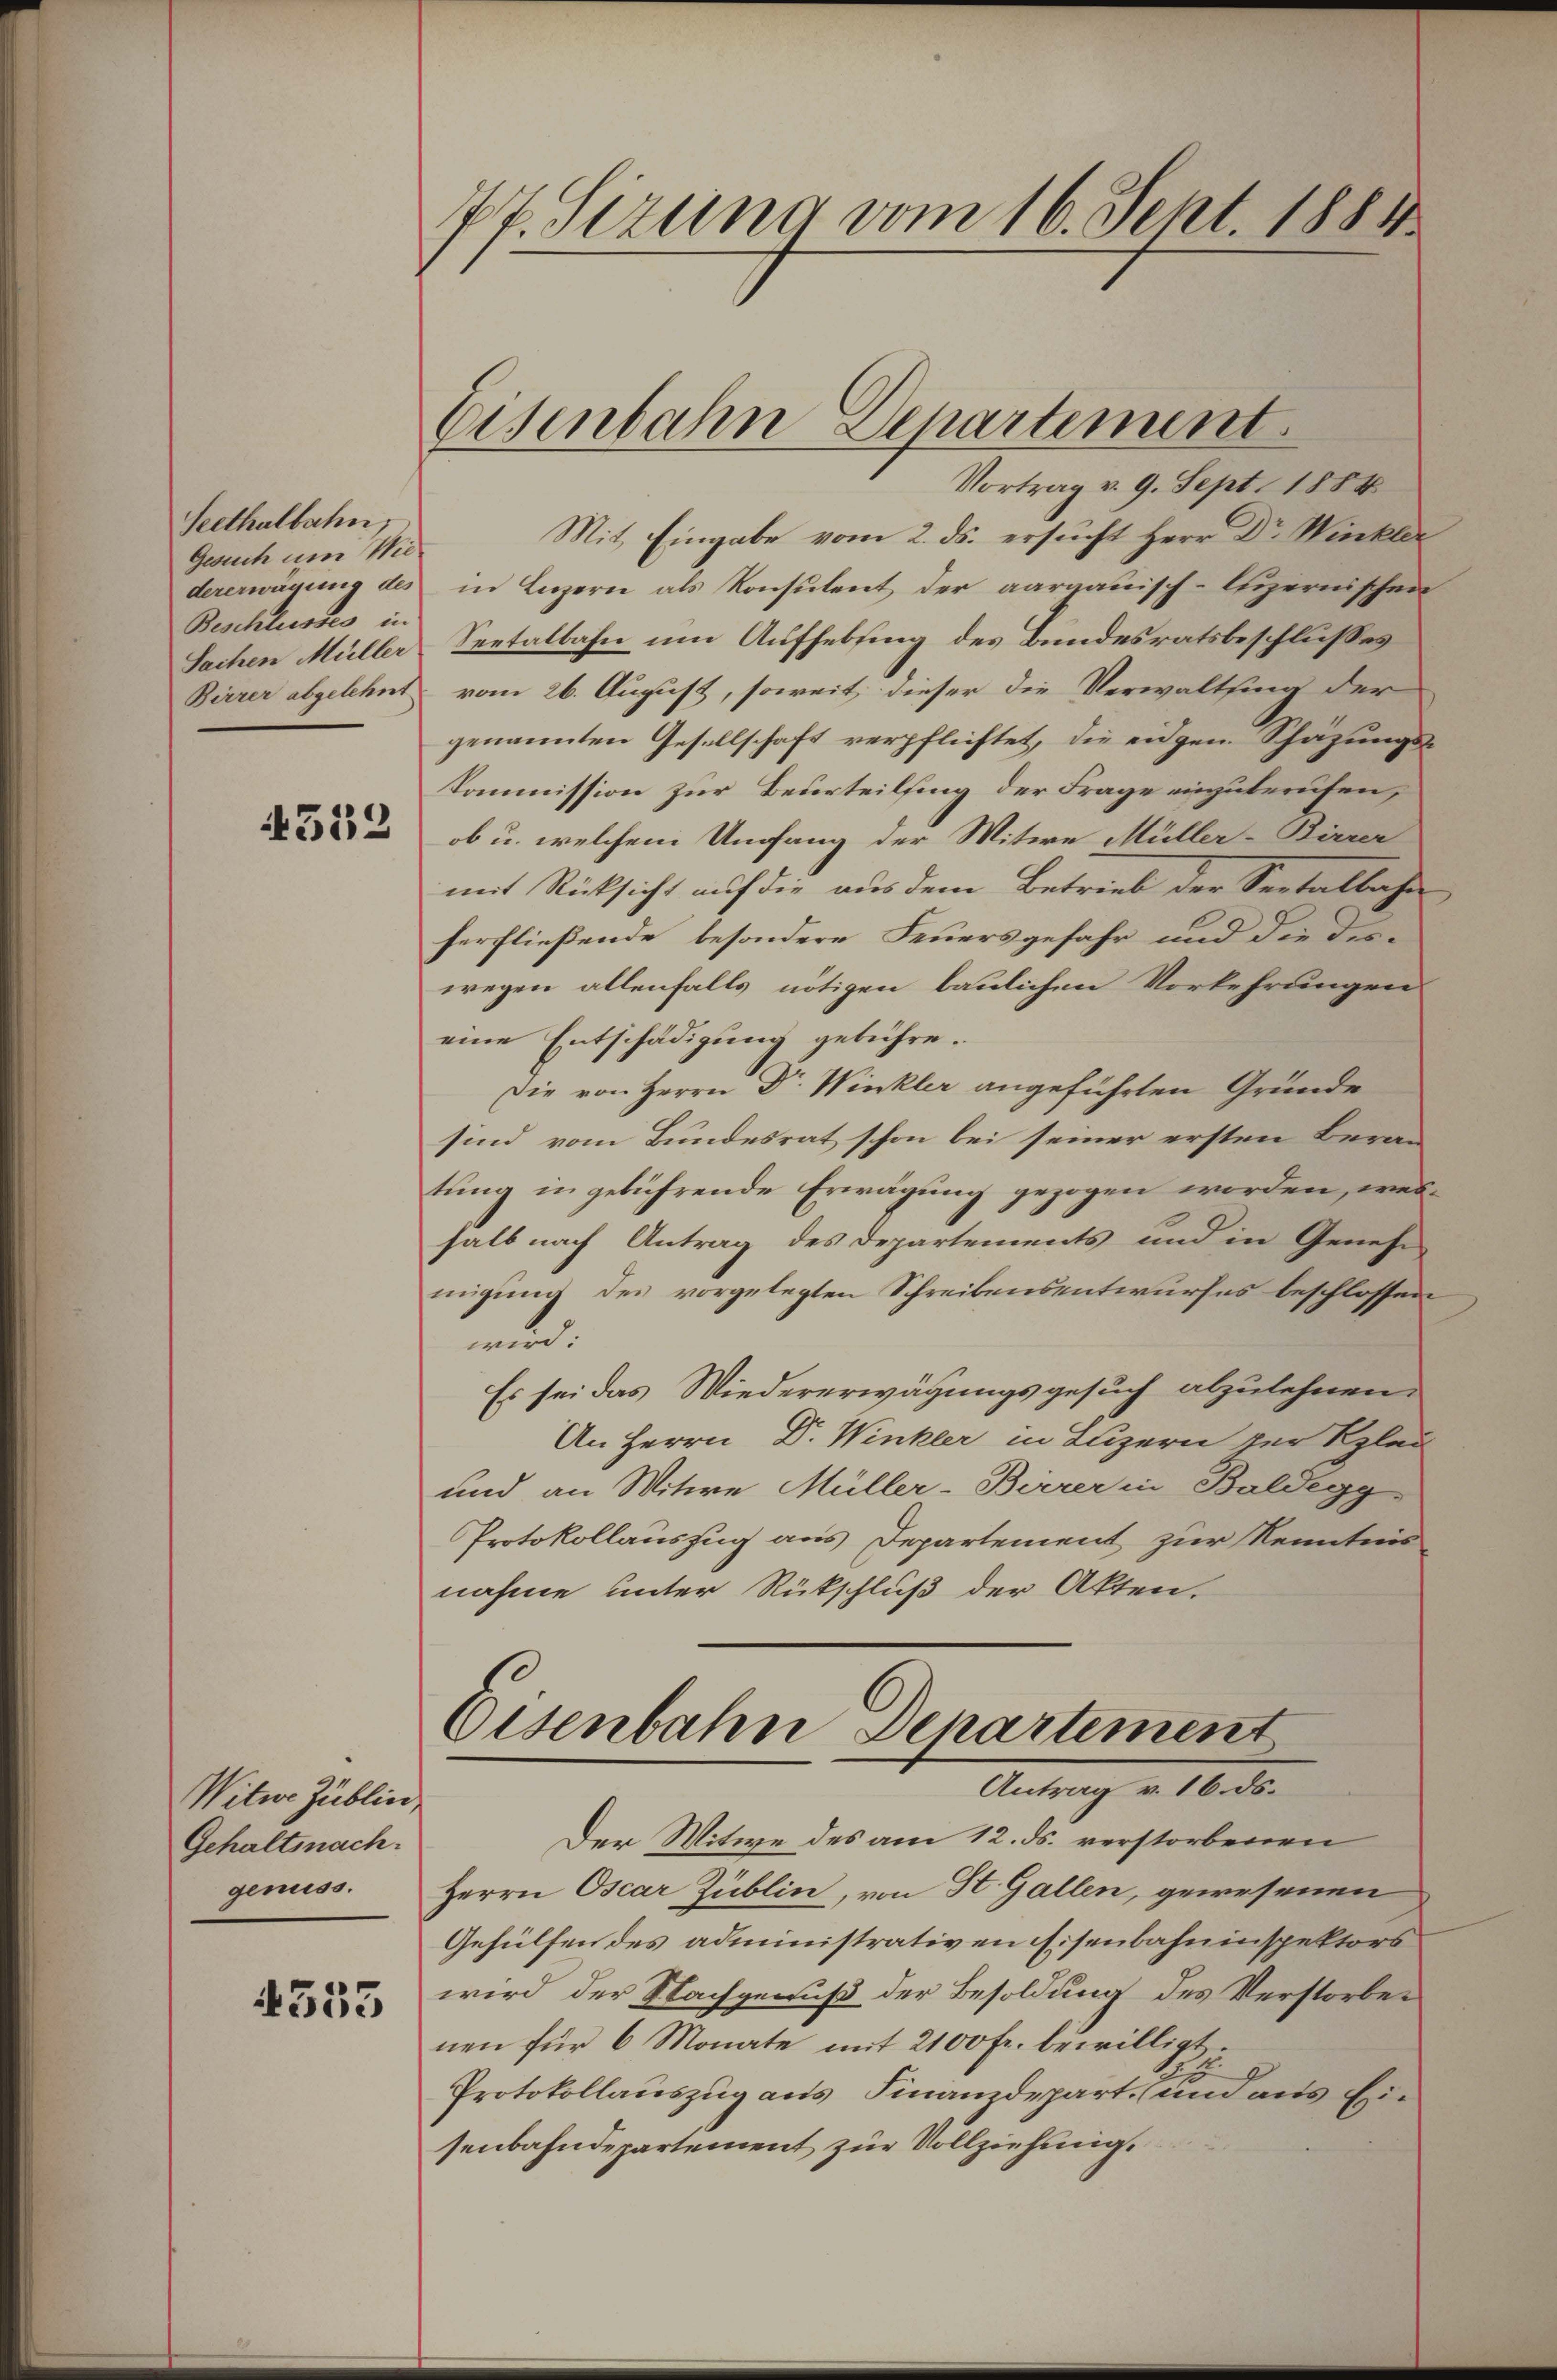
Seethalbahn,
Gesuch um Wiedererwägung des
Beschlusses in
Sachen Müller
Birrer abgelehnt

4552

Witwe Zublici
Gehaltsnach.
genuss.

4353

Pf. Sizung vom 16. Sept. 1881.

Eisenbahn Departement.

Vortrag v. 9. Sept. 1884
Mit Eingabe vom 2. ds. ersucht Herr Dr. Winkler
in Luzern als Konsulent der aargauisch-luzernischen
Seetalbahn um Aufhebung des Bundesratsbeschlusses
vom 26. August, soweit, dieser die Verwaltsing der
genannten Gesellschaft verpflichtet, die eidgen. Schazungs¬
Kommission zur Beurteilsing der Frage einzuberufen,
ob u. welchem Umfang der Witwe Müller-Birrer
mit Rücksicht auf die aus dem Betrieb der Seetalbahr
ferfließende besondere Feuersgefahr und die des-
wegen allenfalls nötigen baulichen Vorkehrungen
eine Entschädigung gebühre.
Die von Herrn Dr. Winkler angeführten Gründe
sind vom Bundesrat schon bei seiner ersten Berau
tung in gebührende Erwägung gezogen worden, wei
halb nach Antrag des Departements und in Genehm
migung des vorgelegten Schreibensentwurfes beschlossen
wird:
Es sei das Wiedererwägungsgesuch abzulehnen.
An Herrn Dr. Winkler in Luzern zur Klei
und an Witwe Müller-Birrer in Baldegg
Protokollauszug aus Departement zur Kenntnis
nahme unter Rückschluß der Akten.
Eisenbahn Departement
Antrag v. 16. ds.
Der Witwe des am 12. ds. verstorbenen
Herrn Oscar Züblin, von St. Gallen, gewesenen
Gehülfen des administrativen Eisenbahninspektors
wird, der Nachgenuß der Besoldung des Verstorbenen für 6 Monate mit 2100 Fr. bewilligt.
Protokollauszug aus Finanzdepart, und aus Ein
senbahndepartement zur Vollziehung